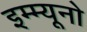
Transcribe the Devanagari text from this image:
इम्म्यूनो